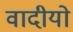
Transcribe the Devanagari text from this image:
वादीयो